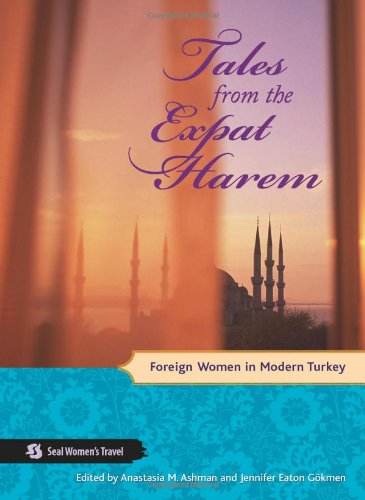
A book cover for Tales from the Expat Harem: Foreign Women in Modern Turkey (Seal Women's Travel); Travel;